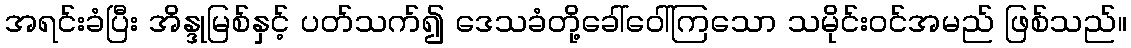
အရင်းခံပြီး အိန္ဒုမြစ်နှင့် ပတ်သက်၍ ဒေသခံတို့ခေါ်ဝေါ်ကြသော သမိုင်းဝင်အမည် ဖြစ်သည်။